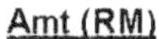
AMT(RM)